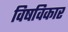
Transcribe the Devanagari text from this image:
विषविकार